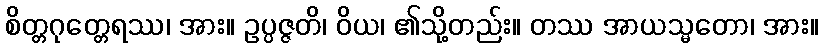
စိတ္တဂုတ္တေရဿ၊ အား။ ဥပ္ပဇ္ဇတိ၊ ဝိယ၊ ၏သို့တည်း။ တဿ အာယသ္မတော၊ အား။